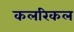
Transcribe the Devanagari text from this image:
कलरिकल